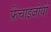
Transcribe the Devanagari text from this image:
फ्रेंचाइजीयों